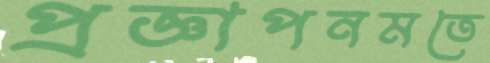
প্রজ্ঞাপনমতে